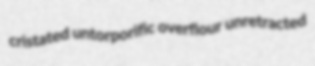
cristated untorporific overflour unretracted